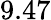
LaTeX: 9.47